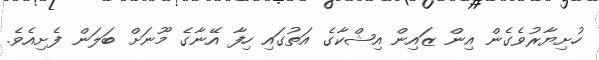
ހުށިޔާރުވެގެން އިން ޒައިން އިޝްކާގެ އަތުގައި ހިފާ އޭނާގެ މޫނަށް ބަލަން ފެށިއެވެ.